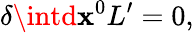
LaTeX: \delta\intd\mathbf{x}^{0}L^{\prime}=0,